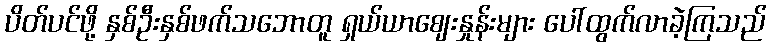
ပိတ်ပင်ဖို့ နှစ်ဦးနှစ်ဖက်သဘောတူ ရှယ်ယာဈေးနှုန်းများ ပေါ်ထွက်လာခဲ့ကြသည်